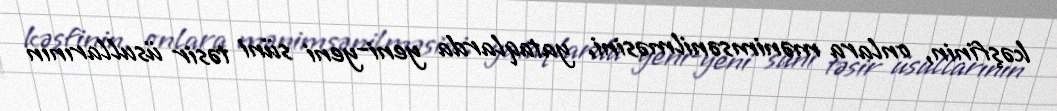
kəşfinin, onlara mənimsənilməsini, yataqlarda yeni-yeni süni təsir üsullarının